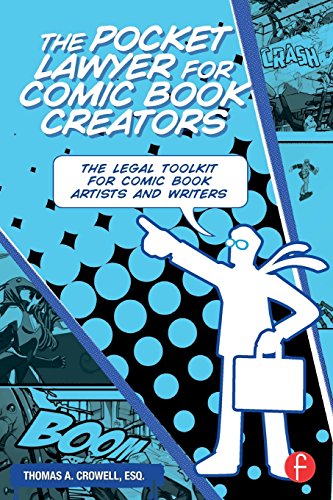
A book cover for The Pocket Lawyer for Comic Book Creators: A Legal Toolkit for Comic Book Artists and Writers; Thomas A. Crowell  Esq.; Crafts, Hobbies & Home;